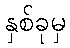
နှစ်ခုမှ